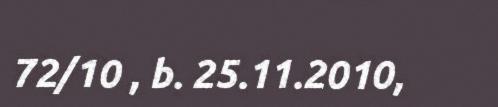
72/10 , b. 25.11.2010,